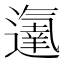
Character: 𨗵